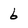
Character: 6